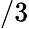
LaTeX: /3